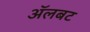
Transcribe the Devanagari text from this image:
अॅलबट